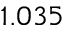
1 . 0 3 5